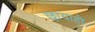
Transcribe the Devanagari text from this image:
छायाही